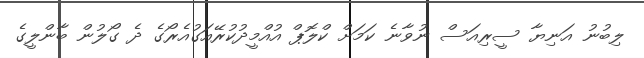
ލިބުނު އަނިޔާ ސީރިއަސް ނުވާނެ ކަމަށް ކްލޮޕް އުއްމީދުކުރޭއަގުއެރޯގެ ދެ ގޯލުން ބާންލީގެ